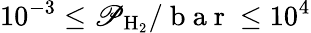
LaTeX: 10^{-3}\le\mathscr{P}_{\mathrm{{H_{2}}}}/\mathrm{{~b~a~r~}}\le10^{4}